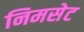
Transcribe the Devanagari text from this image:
निमसेट